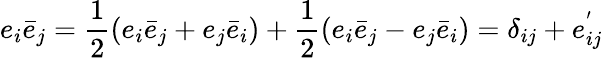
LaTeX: e_{i}\bar{e}_{j}=\frac{1}{2}(e_{i}\bar{e}_{j}+e_{j}\bar{e}_{i})+\frac{1}{2}(e_{i}\bar{e}_{j}-e_{j}\bar{e}_{i})=\delta_{ij}+e_{ij}^{'}